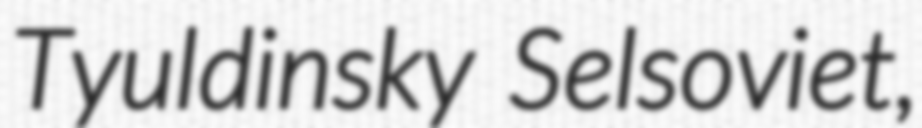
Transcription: Tyuldinsky Selsoviet,